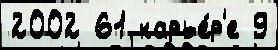
2002 61 карье́р'е 9